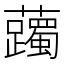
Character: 䕽